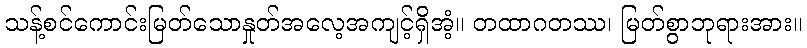
သန့်စင်ကောင်းမြတ်သောနှုတ်အလေ့အကျင့်ရှိအံ့။ တထာဂတဿ၊ မြတ်စွာဘုရားအား။